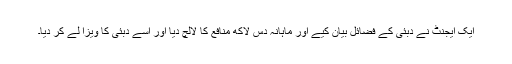
ایک ایجنٹ نے دبئی کے فضائل بیان کیے اور ماہانہ دس لاکھ منافع کا لالچ دیا اور اسے دبئی کا ویزا لے کر دیا۔